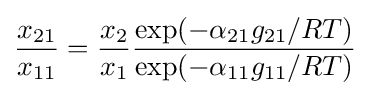
{\frac {x_{21}}{x_{11}}}={\frac {x_{2}}{x_{1}}}{\frac {\exp(-\alpha _{21}g_{21}/RT)}{\exp(-\alpha _{11}g_{11}/RT)}}